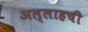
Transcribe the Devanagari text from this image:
अल्लाहची